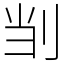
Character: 㓥